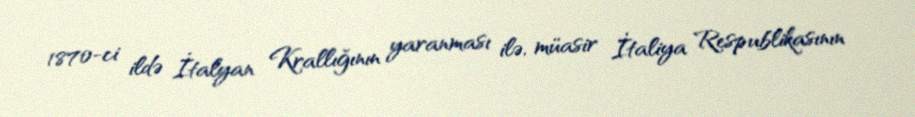
1870-ci ildə İtalyan Krallığının yaranması ilə, müasir İtaliya Respublikasının